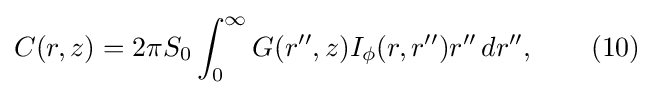
C(r,z)=2\pi S_{0}\int _{0}^{\infty }G(r'',z)I_{\phi }(r,r'')r''\,dr'',\qquad (10)